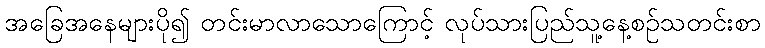
အခြေအနေများပို၍ တင်းမာလာသောကြောင့် လုပ်သားပြည်သူ့နေ့စဉ်သတင်းစာ